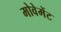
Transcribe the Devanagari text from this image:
मोवेमेंट